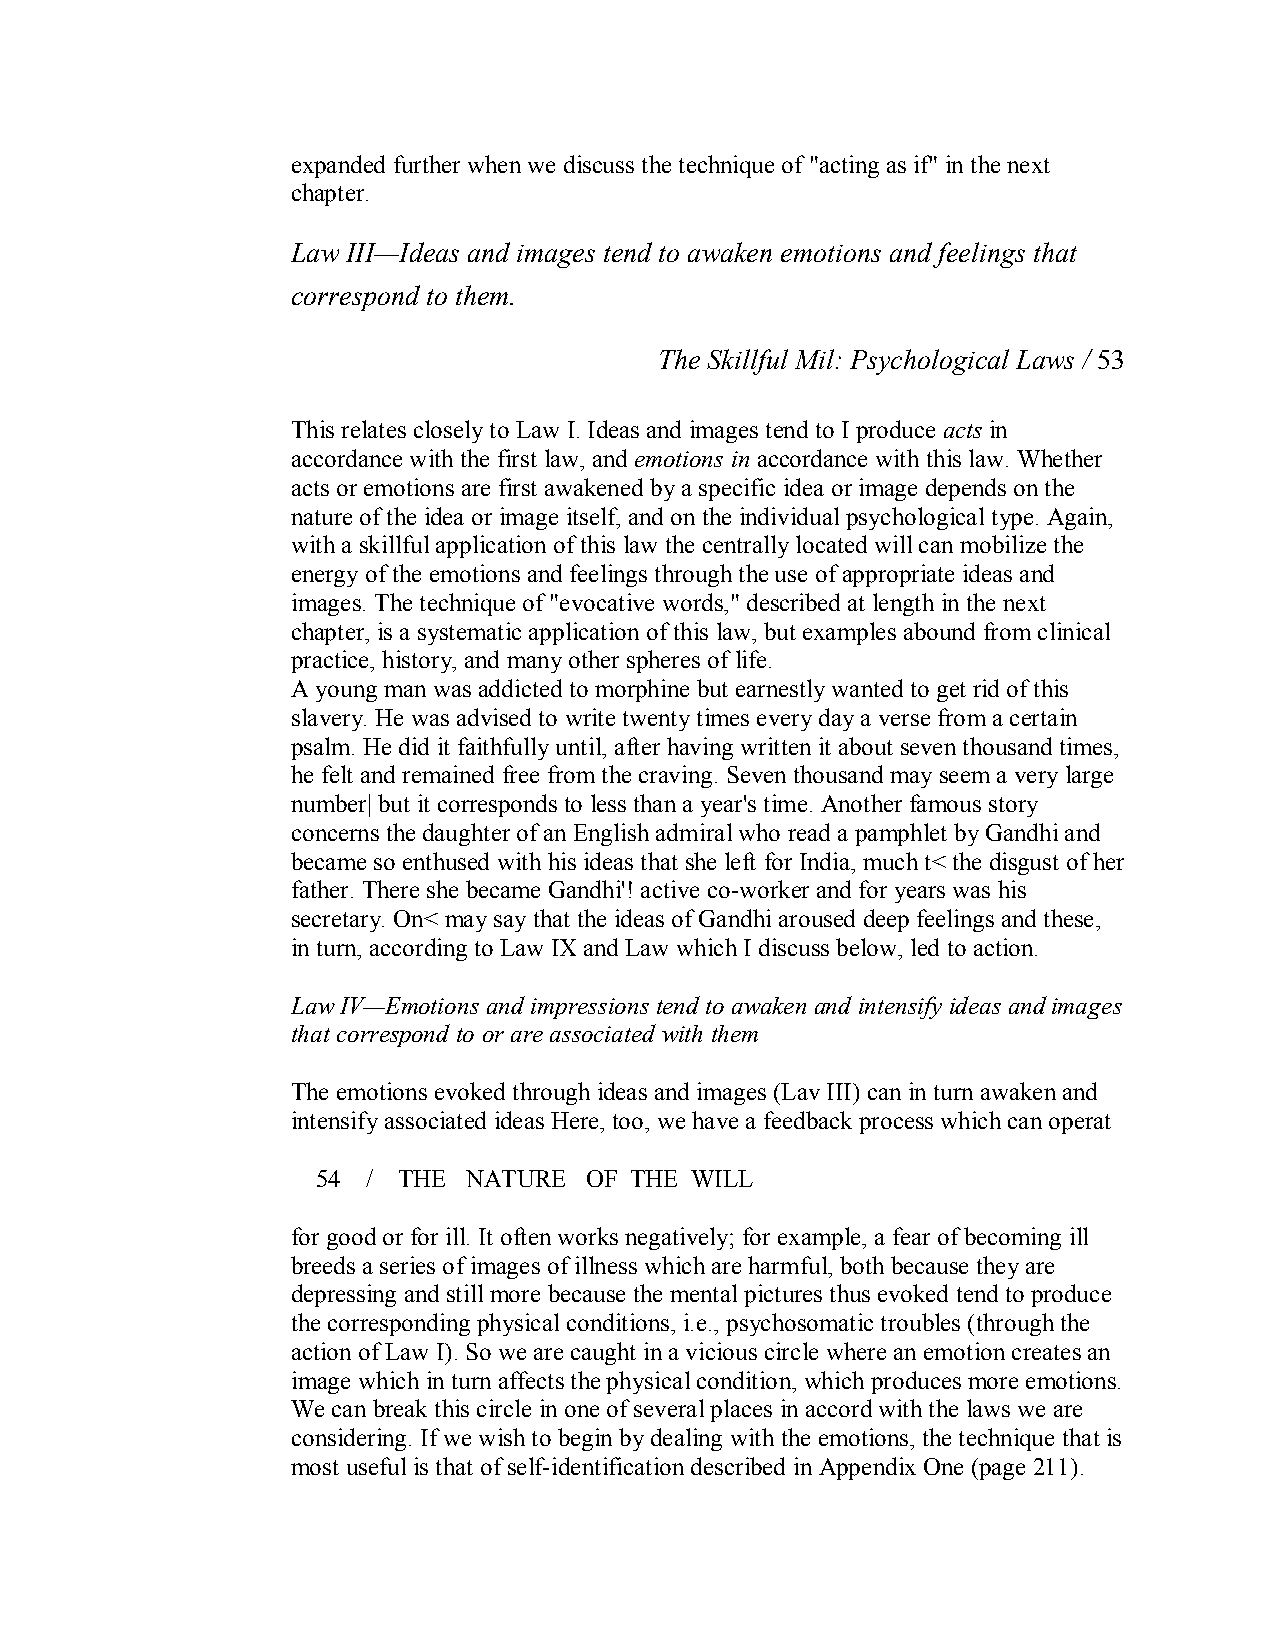
expanded further when we discuss the technique of "acting as if" in the next
 chapter.
 Law III—Ideas and images tend to awaken emotions and feelings that
 correspond to them.
 The Skillful Mil: Psychological Laws / 53
 This relates closely to Law I. Ideas and images tend to I produce acts in
 accordance with the first law, and emotions in accordance with this law. Whether
 acts or emotions are first awakened by a specific idea or image depends on the
 nature of the idea or image itself, and on the individual psychological type. Again,
 with a skillful application of this law the centrally located will can mobilize the
 energy of the emotions and feelings through the use of appropriate ideas and
 images. The technique of "evocative words," described at length in the next
 chapter, is a systematic application of this law, but examples abound from clinical
 practice, history, and many other spheres of life.
 A young man was addicted to morphine but earnestly wanted to get rid of this
 slavery. He was advised to write twenty times every day a verse from a certain
 psalm. He did it faithfully until, after having written it about seven thousand times,
 he felt and remained free from the craving. Seven thousand may seem a very large
 number| but it corresponds to less than a year's time. Another famous story
 concerns the daughter of an English admiral who read a pamphlet by Gandhi and
 became so enthused with his ideas that she left for India, much t< the disgust of her
 father. There she became Gandhi'! active co­worker and for years was his
 secretary. On< may say that the ideas of Gandhi aroused deep feelings and these,
 in turn, according to Law IX and Law which I discuss below, led to action.
 Law IV—Emotions and impressions tend to awaken and intensify ideas and images
 that correspond to or are associated with them
 The emotions evoked through ideas and images (Lav III) can in turn awaken and
 intensify associated ideas Here, too, we have a feedback process which can operat
 54 / THE  NATURE  OF THE WILL
 for good or for ill. It often works negatively; for example, a fear of becoming ill
 breeds a series of images of illness which are harmful, both because they are
 depressing and still more because the mental pictures thus evoked tend to produce
 the corresponding physical conditions, i.e., psychosomatic troubles (through the
 action of Law I). So we are caught in a vicious circle where an emotion creates an
 image which in turn affects the physical condition, which produces more emotions.
 We can break this circle in one of several places in accord with the laws we are
 considering. If we wish to begin by dealing with the emotions, the technique that is
 most useful is that of self­identification described in Appendix One (page 211).